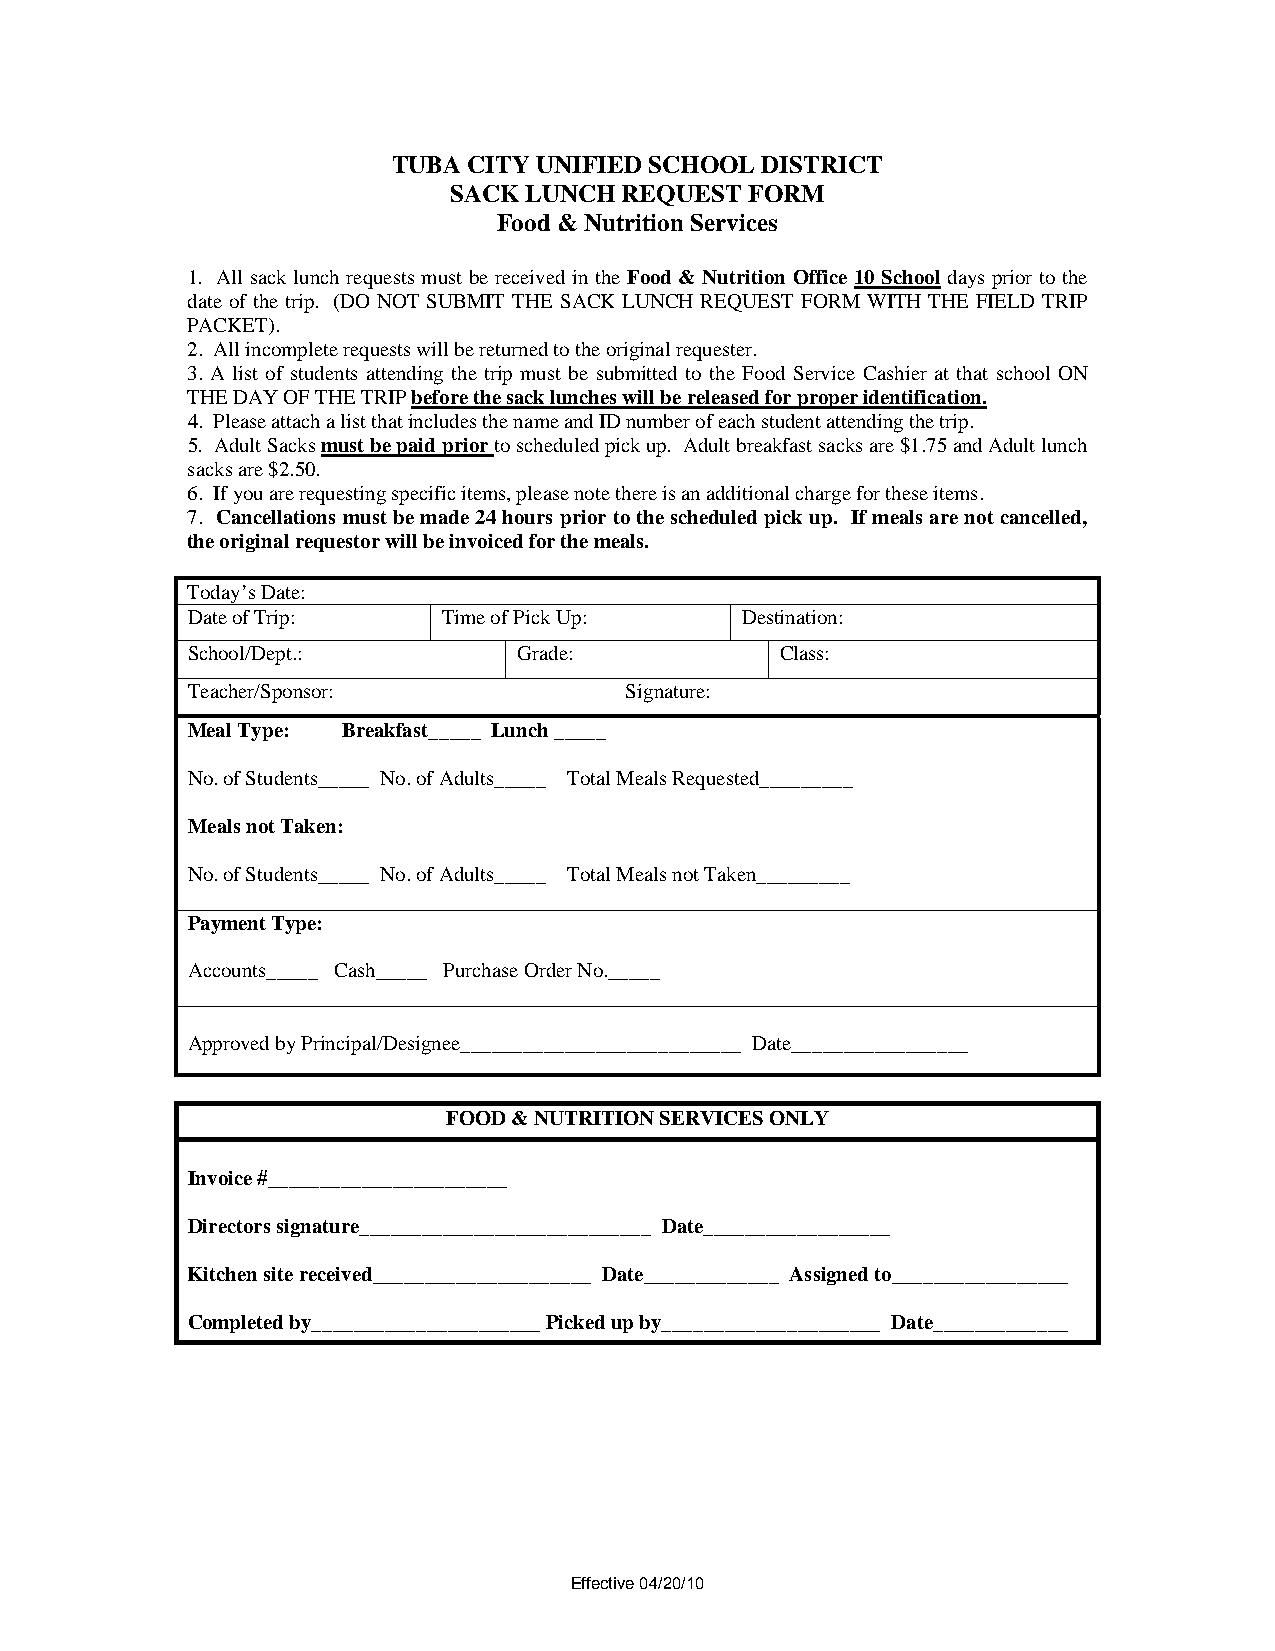
TUBA CITY UNIFIED SCHOOL DISTRICT
 SACK LUNCH REQUEST  FORM
 Food & Nutrition Services
 1. All sack lunch requests must be received in the Food & Nutrition Office 10 School days prior to the
 date of the trip. (DO NOT SUBMIT THE SACK LUNCH REQUEST FORM WITH THE FIELD TRIP
 PACKET).
 2. All incomplete requests will be returned to the original requester.
 3. A list of students attending the trip must be submitted to the Food Service Cashier at that school ON
 THE DAY OF THE TRIP before the sack lunches will be released for proper identification.
 4. Please attach a list that includes the name and ID number of each student attending the trip.
 5. Adult Sacks must be paid prior to scheduled pick up. Adult breakfast sacks are $1.75 and Adult lunch
 sacks are $2.50.
 6. If you are requesting specific items, please note there is an additional charge for these items.
 7. Cancellations must be made 24 hours prior to the scheduled pick up. If meals are not cancelled,
 the original requestor will be invoiced for the meals.
 Today’s Date:
 Date of Trip:    Time of Pick Up:    Destination:
 School/Dept.:         Grade:            Class:
 Teacher/Sponsor:             Signature:
 Meal Type: Breakfast_____ Lunch _____
 No. of Students_____ No. of Adults_____ Total Meals Requested_________
 Meals not Taken:
 No. of Students_____ No. of Adults_____ Total Meals not Taken_________
 Payment Type:
 Accounts_____ Cash_____ Purchase Order No._____
 Approved by Principal/Designee___________________________ Date_________________
 FOOD & NUTRITION SERVICES ONLY
 Invoice #_______________________
 Directors signature____________________________ Date__________________
 Kitchen site received_____________________ Date_____________ Assigned to_________________
 Completed by______________________ Picked up by_____________________ Date_____________
 Effective 04/20/10